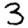
Digit: 3